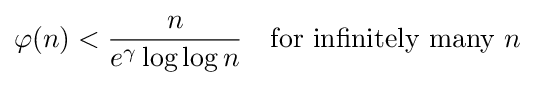
\varphi (n)<{\frac {n}{e^{\gamma }\log \log n}}\quad {\text{for infinitely many }}n